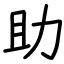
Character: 助